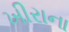
ખીરાના